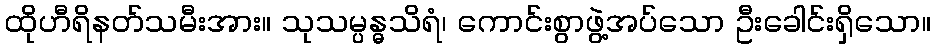
ထိုဟီရိနတ်သမီးအား။ သုသမ္ပန္ဓသိရံ၊ ကောင်းစွာဖွဲ့အပ်သော ဦးခေါင်းရှိသော။